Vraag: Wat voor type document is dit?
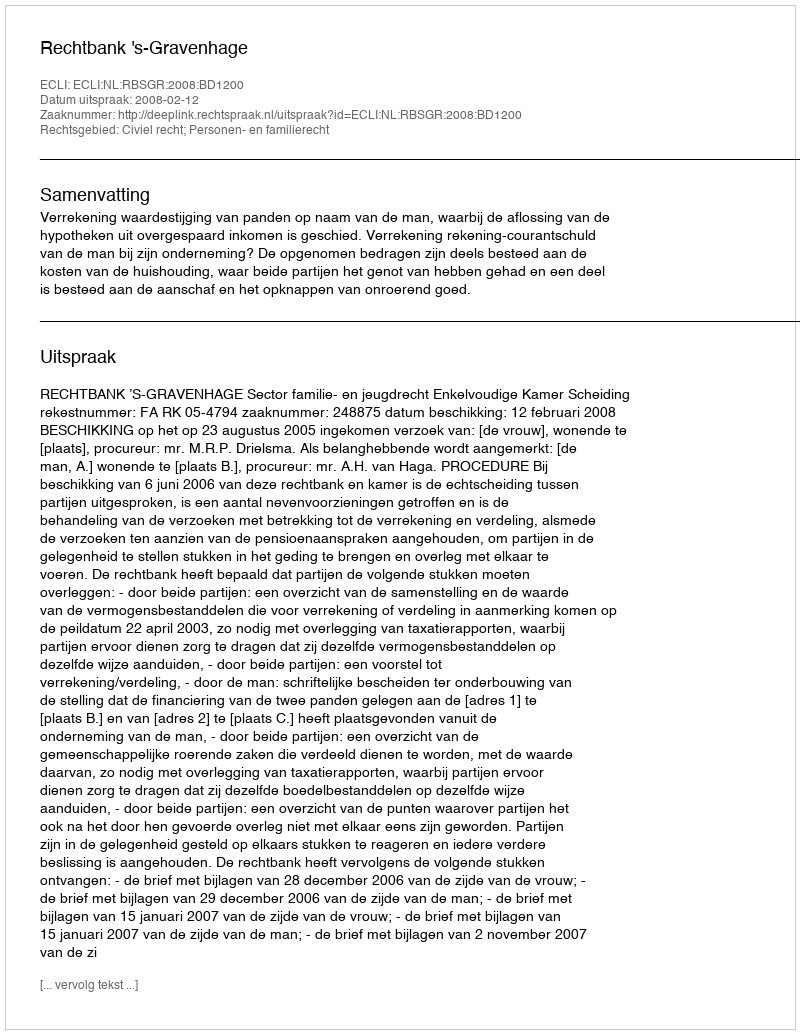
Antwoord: Uitspraak